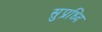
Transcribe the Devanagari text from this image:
सुप्रध्दि